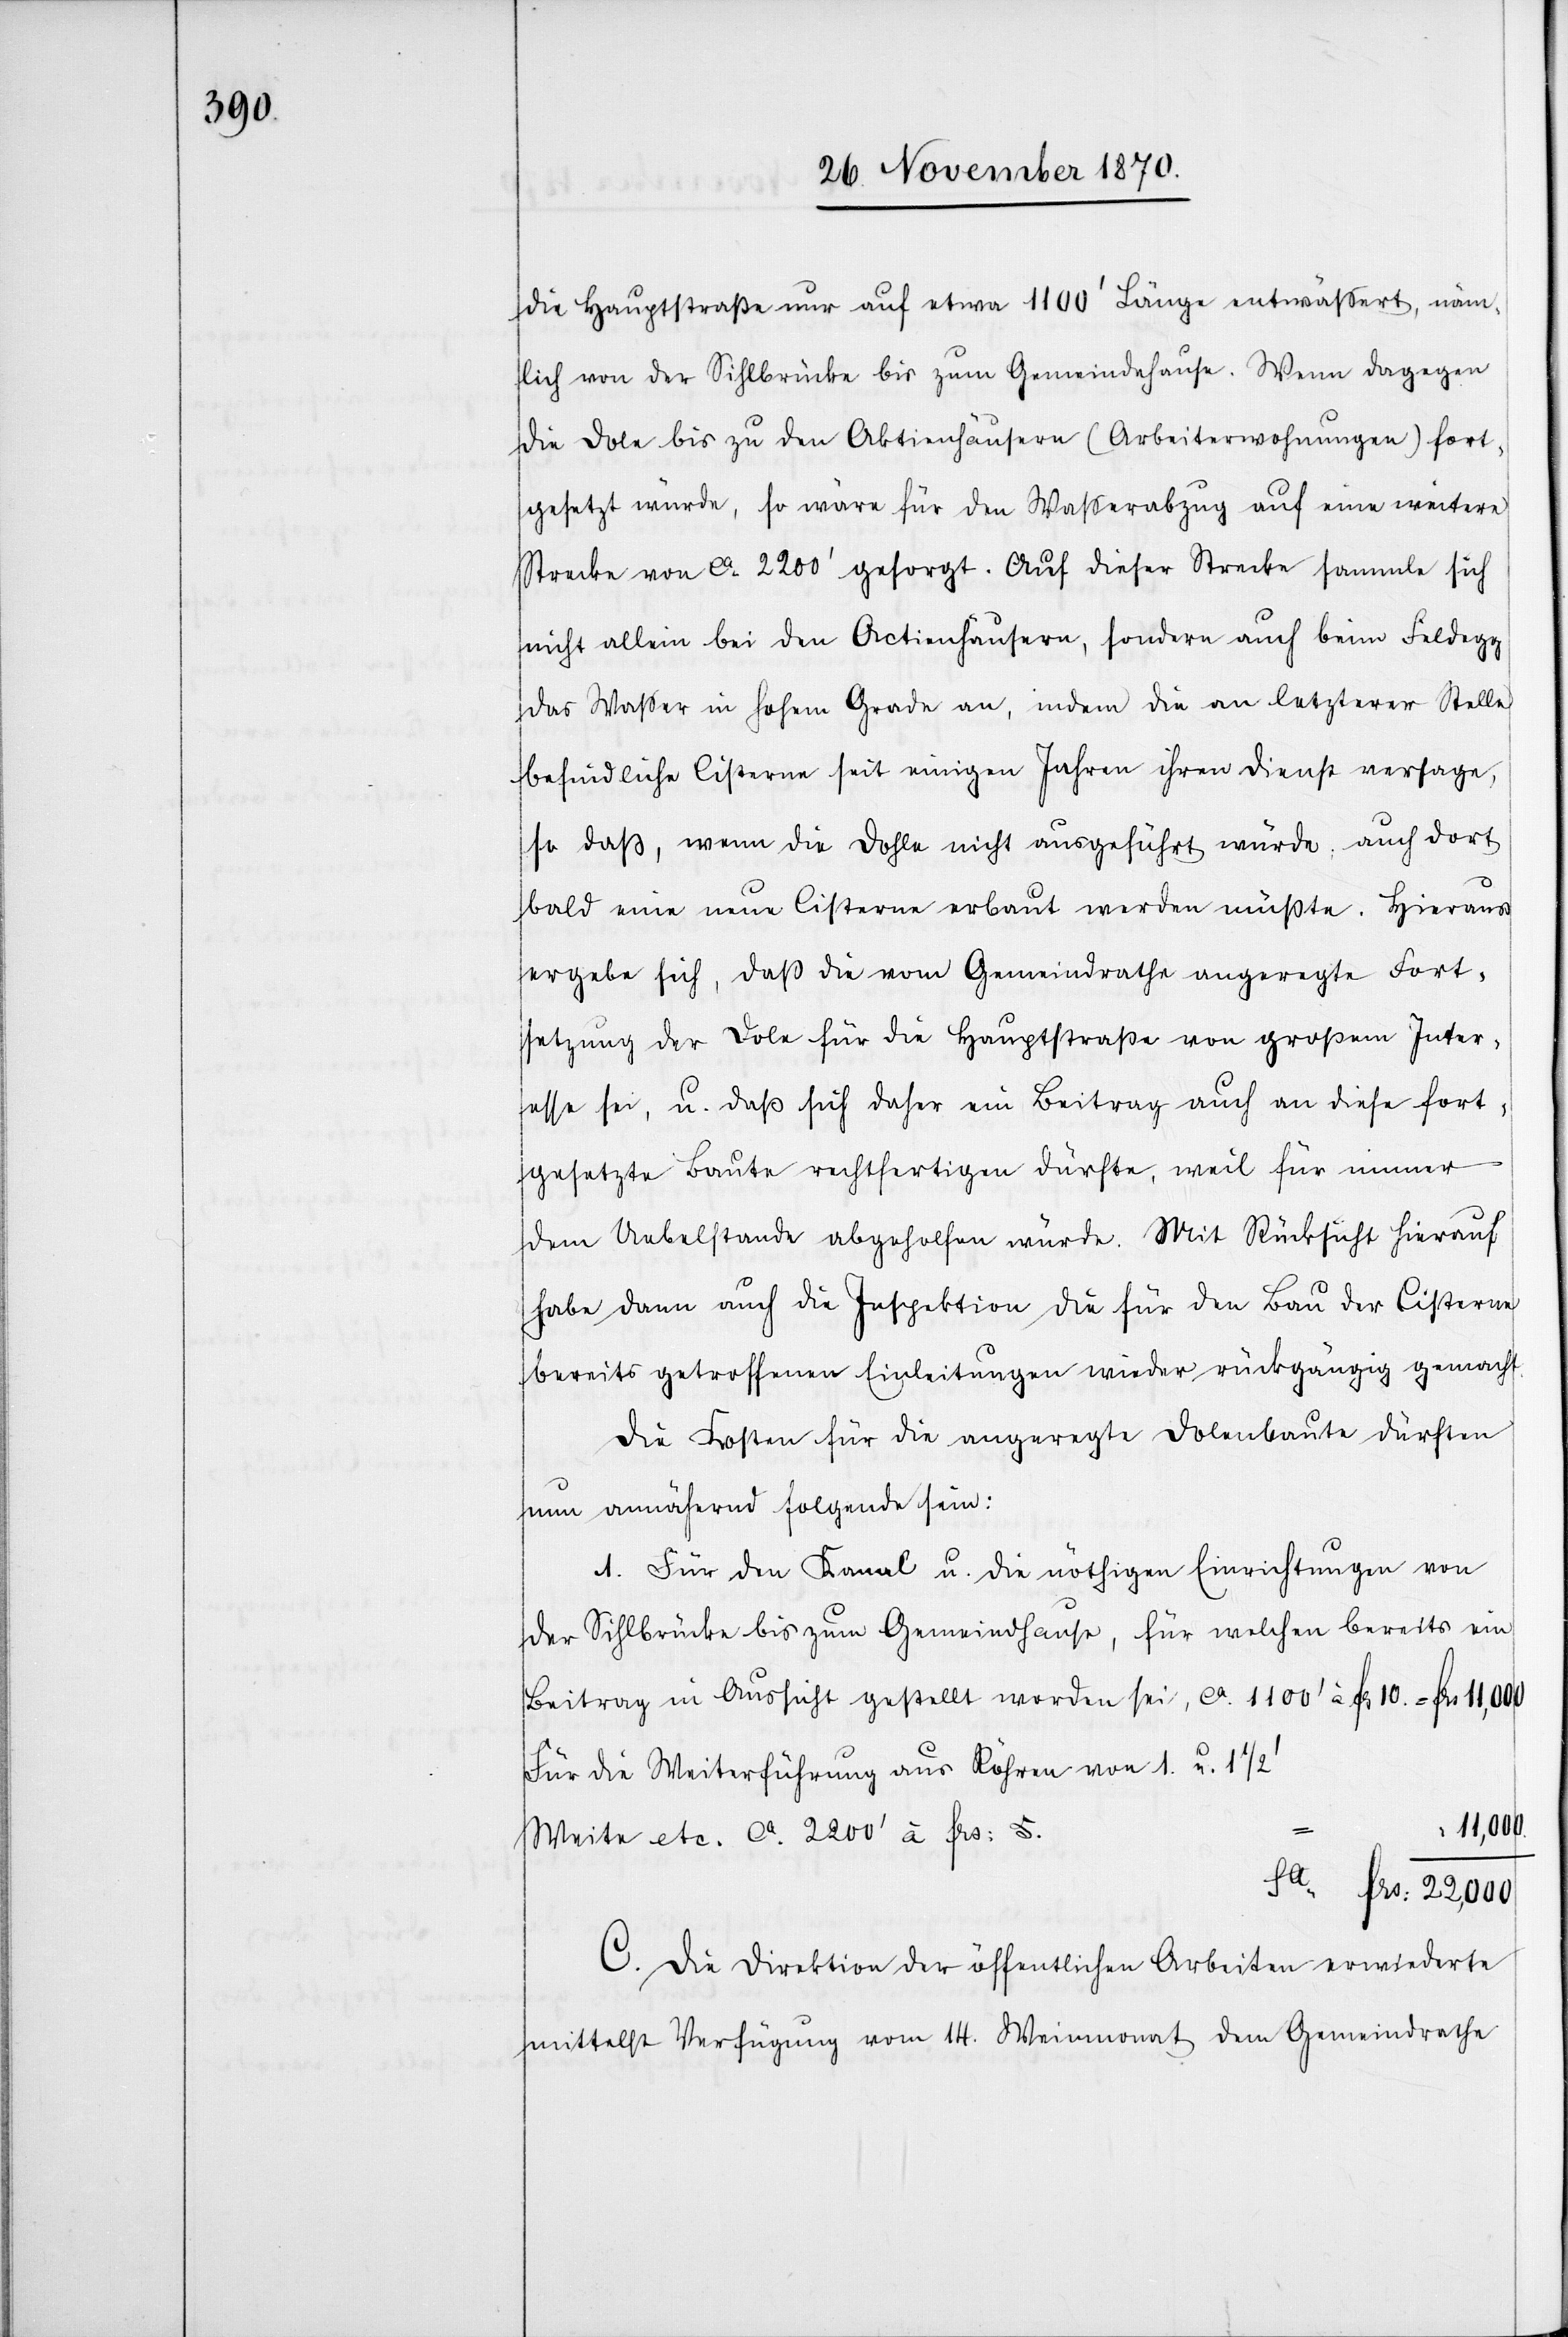
die Hauptstraße nur auf etwa 1100’ Länge entwäßert, näm¬
lich von der Sihlbrücke bis zum Gemeindehause. Wenn dagegen
die Dole bis zu den Aktienhäusern (Arbeiterwohnungen) fort¬
gesetzt würde, so wäre für den Waßerabzug auf eine weitere
Strecke von ca. 2200’ gesorgt. Auf dieser Strecke sammle sich
nicht allein bei den Actienhäusern, sondern auch beim Feldegg
das Waßer in hohem Grade an, indem die an letzterer Stelle
befindliche Cisterne seit einigen Jahren ihren Dienst versage,
so daß, wenn die Dohle nicht ausgeführt würde, auch dort
bald eine neue Cisterne erbaut werden müßte. Hieraus
ergebe sich, daß die vom Gemeindrathe angeregte Fort¬
setzung der Dole für die Hauptstraße von großem Inter¬
esse sei, u. daß sich daher ein Beitrag auch an diese fort¬
gesetzte Baute rechtfertigen dürfte, weil für immer
dem Uebelstand abgeholfen würde. Mit Rücksicht hierauf
habe dann auch die Inspektion die für den Bau der Cisterne
bereits getroffenen Einleitungen wieder rückgängig gemacht.
Die Kosten für die angeregte Dolenbaute dürften
nun annähernd folgende sein:
1. Für den Kanal u. die nöthigen Einrichtungen von
der Sihlbrücke bis zum Gemeindhause, für welchen bereits ein
Beitrag in Aussicht gestellt worden sei, ca. 1100’ à Fr. 10 = Frs 11,000
Für die Weiterführung aus Röhren von 1. u. 1
11,000
Weite etc. ca. 2200’ à Frs: 5.
Sa Frs: 22,000
C. Die Direktion der öffentlichen Arbeiten erwiederte
mittelst Verfügung vom 14. Weinmonat dem Gemeindrathe